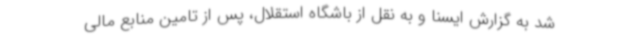
شد به گزارش ایسنا و به نقل از باشگاه استقلال، پس از تامین منابع مالی